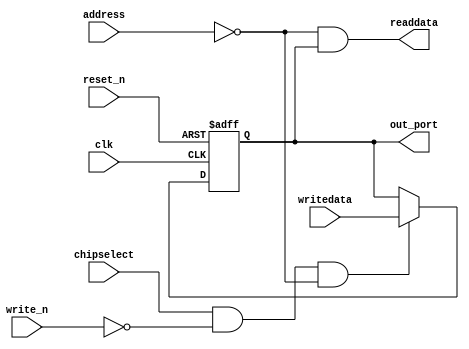
module pio_egmenable (
                       // inputs:
                        address,
                        chipselect,
                        clk,
                        reset_n,
                        write_n,
                        writedata,

                       // outputs:
                        out_port,
                        readdata
                     )
;

  output           out_port;
  output           readdata;
  input   [  1: 0] address;
  input            chipselect;
  input            clk;
  input            reset_n;
  input            write_n;
  input            writedata;

  wire             clk_en;
  reg              data_out;
  wire             out_port;
  wire             read_mux_out;
  wire             readdata;
  assign clk_en = 1;
  //s1, which is an e_avalon_slave
  assign read_mux_out = {1 {(address == 0)}} & data_out;
  always @(posedge clk or negedge reset_n)
    begin
      if (reset_n == 0)
          data_out <= 0;
      else if (chipselect && ~write_n && (address == 0))
          data_out <= writedata;
    end


  assign readdata = read_mux_out;
  assign out_port = data_out;

endmodule